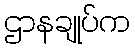
ဌာနချုပ်က